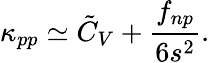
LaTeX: \kappa_{pp}\simeq\tilde{C}_{V}+\frac{f_{np}}{6s^{2}}.